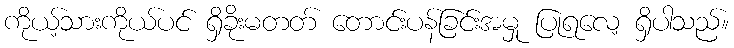
ကိုယ့်သားကိုယ်ပင် ရှိခိုးမတတ် တောင်းပန်ခြင်းအမှု ပြုရလေ့ ရှိပါသည်။